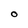
Character: O